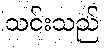
သင်းသည်